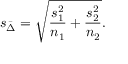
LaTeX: s _ { \bar { \Delta } } = { \sqrt { { \frac { s _ { 1 } ^ { 2 } } { n _ { 1 } } } + { \frac { s _ { 2 } ^ { 2 } } { n _ { 2 } } } } } .